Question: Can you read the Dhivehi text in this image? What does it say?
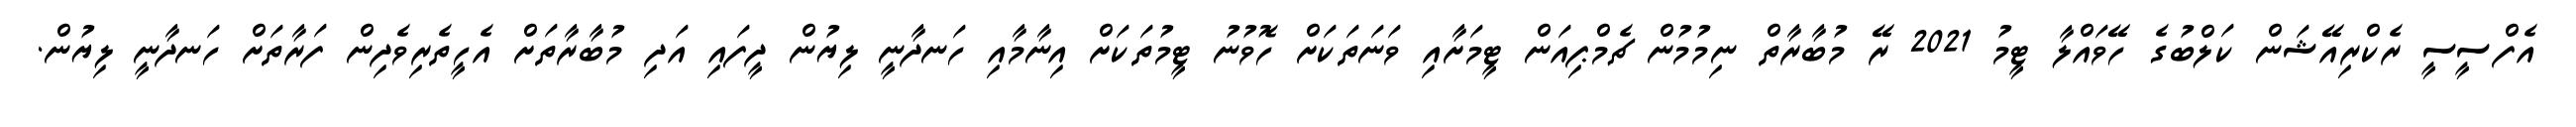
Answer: އެފްސީސީ ރެކްރިއޭޝަން ކަލްބުގެ ހޭވައްލާ ޓީމު 2021 ރޭ މުބާރާތް ނިމުމުން ޗެމްޕިއަން ޓީމަށާއި ވަނަތަކަށް ހޮވުނު ޓީމުތަކަށް އިނާމާއި ހަނދާނީ ލިޔުން ދީފައި އަދި މުބާރާތަށް އެހީތެރިވެދިން ފަރާތަށް ހަނދާނީ ލިޔުން.